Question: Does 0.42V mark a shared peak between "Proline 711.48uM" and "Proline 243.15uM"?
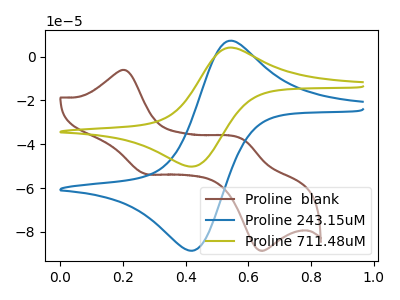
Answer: <think>The brown curve "Proline  blank" has anodic peaks at (0.20V, -6.25uA) (0.60V, -37.80uA) and cathodic peaks at (0.25V, -53.25uA) (0.65V, -88.30uA). The blue curve "Proline 243.15uM" has an anodic peak at (0.55V, 7.15uA) and a cathodic peak at (0.40V, -88.60uA). The olive curve "Proline 711.48uM" has an anodic peak at (0.55V, 4.05uA) and a cathodic peak at (0.40V, -50.20uA).</think>
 <answer>Yes, "Proline 711.48uM" and "Proline 243.15uM" share a peak at 0.42V.</answer>
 <eval>match</eval>